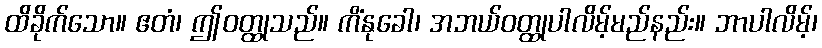
ထိခိုက်သော။ ဧတံ၊ ဤဝတ္ထုသည်။ ကိံနုခေါ၊ အဘယ်ဝတ္ထုပါလိမ့်မည်နည်း။ ဘာပါလိမ့်၊